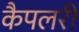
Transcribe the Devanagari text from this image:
कैपलरी